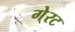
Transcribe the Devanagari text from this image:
गे्रट